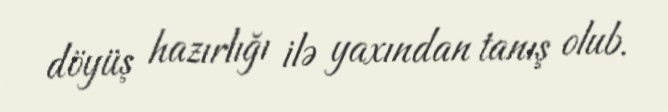
döyüş hazırlığı ilə yaxından tanış olub.